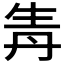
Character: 𤯞